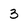
Character: 3